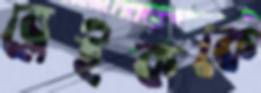
ব্লেইককে